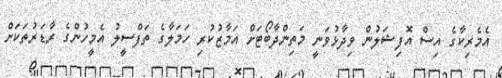
އެމެރިކާގެ އިސް އޮފިޝަލުން ވިދާޅުވަނީ މަތިންދާބޯޓަށް އަމާޒުކުރި ހަމަލާގެ ތަފްސީލު އެމީހުންގެ ރާޑަރުތަކަށް